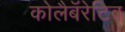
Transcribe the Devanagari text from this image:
कोलैबॅरेटिव